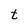
Character: t